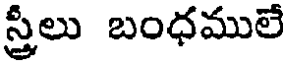
స్త్రీలు బంధములే